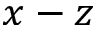
x - z